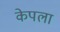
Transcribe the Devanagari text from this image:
केपला